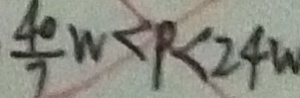
\frac { 4 0 } { 7 } W < P < 2 4 w